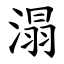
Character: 溻